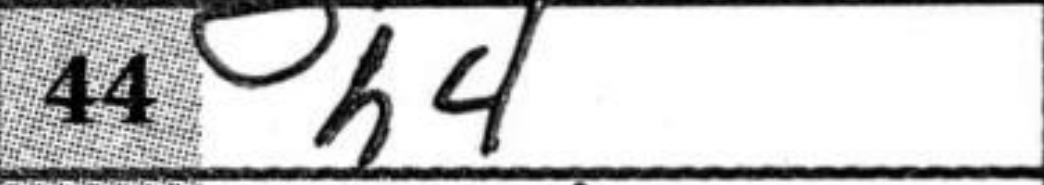
Transcription: h4